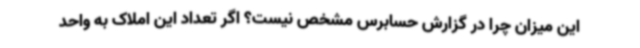
این میزان چرا در گزارش حسابرس مشخص نیست؟ اگر تعداد این املاک به واحد